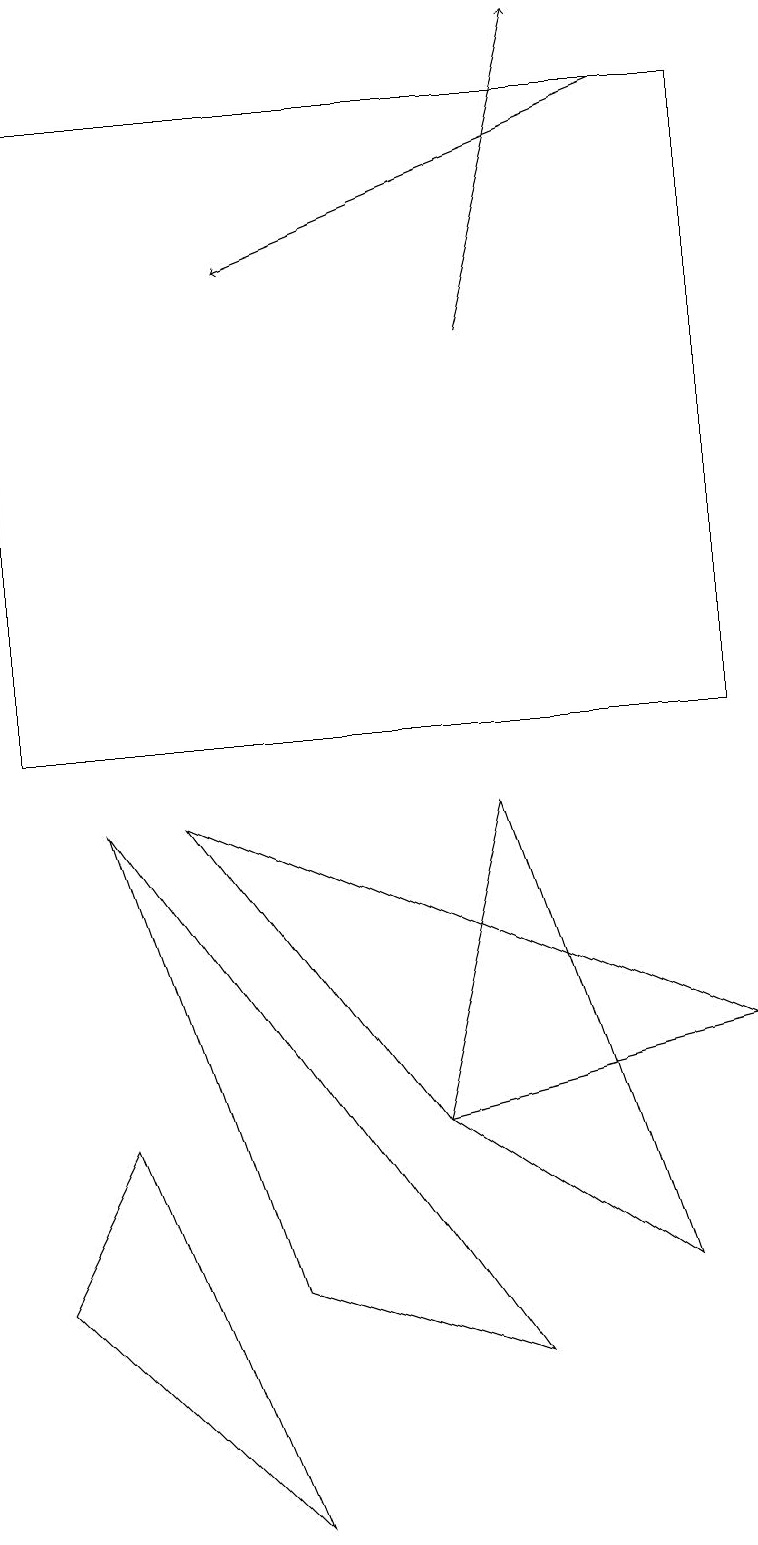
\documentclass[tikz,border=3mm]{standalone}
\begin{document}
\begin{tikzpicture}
\draw (3,0) -- (0,3) -- (1,5) -- cycle;
\draw (9,6) -- (5,5) -- (2,9) -- cycle;
\draw (0,18) rectangle (9,10);
\draw[->] (6,15) -- (7,19);
\draw (1,9) -- (6,2) -- (3,3) -- cycle;
\draw[->] (8,18) -- (3,16);
\draw (5,5) -- (8,3) -- (6,9) -- cycle;
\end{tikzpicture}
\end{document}